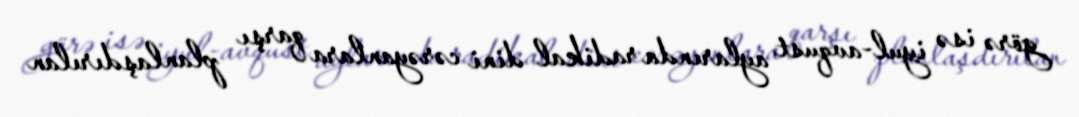
görə isə iyul-avqust aylarında radikal dini cərəyanlara qarşı planlaşdırılan